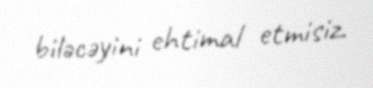
biləcəyini ehtimal etmisiz.